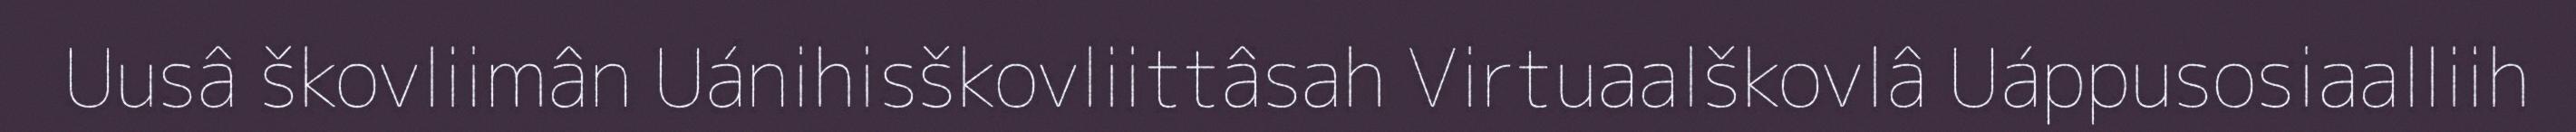
Uusâ škovliimân Uánihisškovliittâsah Virtuaalškovlâ Uáppusosiaalliih